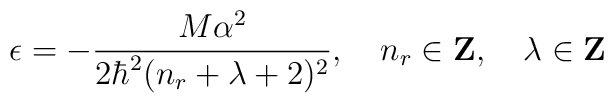
\epsilon=-\frac{M\alpha^2}{2\hbar^2(n_r+\lambda+2)^2},\,\,\,\,\,\,n_r \in {\rm {\bf Z}},\,\,\,\,\,\,\lambda \in {\rm {\bf Z}}